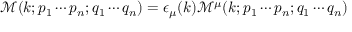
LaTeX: { \mathcal { M } } ( k ; p _ { 1 } \cdots p _ { n } ; q _ { 1 } \cdots q _ { n } ) = \epsilon _ { \mu } ( k ) { \mathcal { M } } ^ { \mu } ( k ; p _ { 1 } \cdots p _ { n } ; q _ { 1 } \cdots q _ { n } )